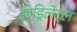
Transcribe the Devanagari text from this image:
क्वाड्रिलेट्रल